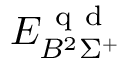
{ E } _ { B ^ { 2 } \Sigma ^ { + } } ^ { \mathrm { ~ q ~ d ~ } }